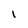
Character: I